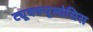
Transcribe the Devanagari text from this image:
ट्यूबक्यूलोसिस